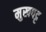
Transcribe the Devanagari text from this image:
मुखपट्ट